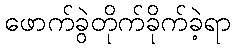
ဖောက်ခွဲတိုက်ခိုက်ခဲ့ရာ